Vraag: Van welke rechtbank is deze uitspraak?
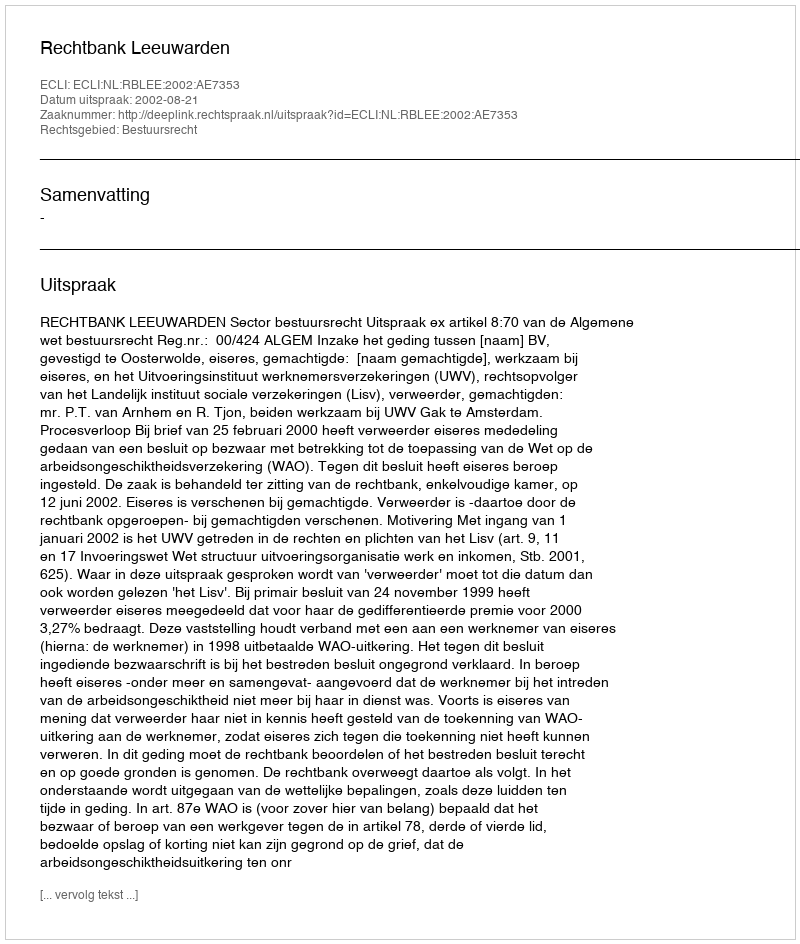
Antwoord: Rechtbank Leeuwarden